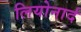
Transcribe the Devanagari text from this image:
लियोनार्द